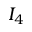
I _ { 4 }